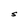
Character: S